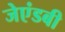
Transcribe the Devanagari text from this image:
जेएंडबी